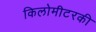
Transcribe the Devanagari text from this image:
किलोमीटरकी